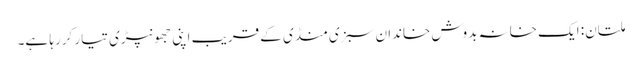
ملتان: ایک خانہ بدوش خاندان سبزی منڈی کے قریب اپنی جھونپڑی تیار کررہا ہے۔